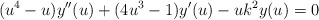
\begin{align*}(u^{4}-u)y^{\prime \prime }(u)+(4u^{3}-1)y^{\prime }(u)-uk^{2}y(u)=0\end{align*}